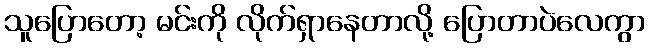
သူပြောတော့ မင်းကို လိုက်ရှာနေတာလို့ ပြောတာပဲလေကွာ